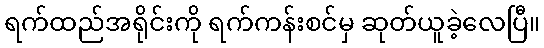
ရက်ထည်အရိုင်းကို ရက်ကန်းစင်မှ ဆုတ်ယူခဲ့လေပြီ။